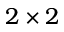
2 \times 2